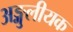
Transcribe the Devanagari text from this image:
अङ्गुलीयक